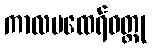
ကာလမထေရ်ဝတ္ထု